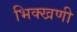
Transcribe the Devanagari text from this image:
भिक्खणी